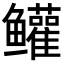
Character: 𬶺